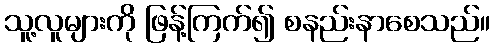
သူ့လူများကို ဖြန့်ကြက်၍ စနည်းနာစေသည်။